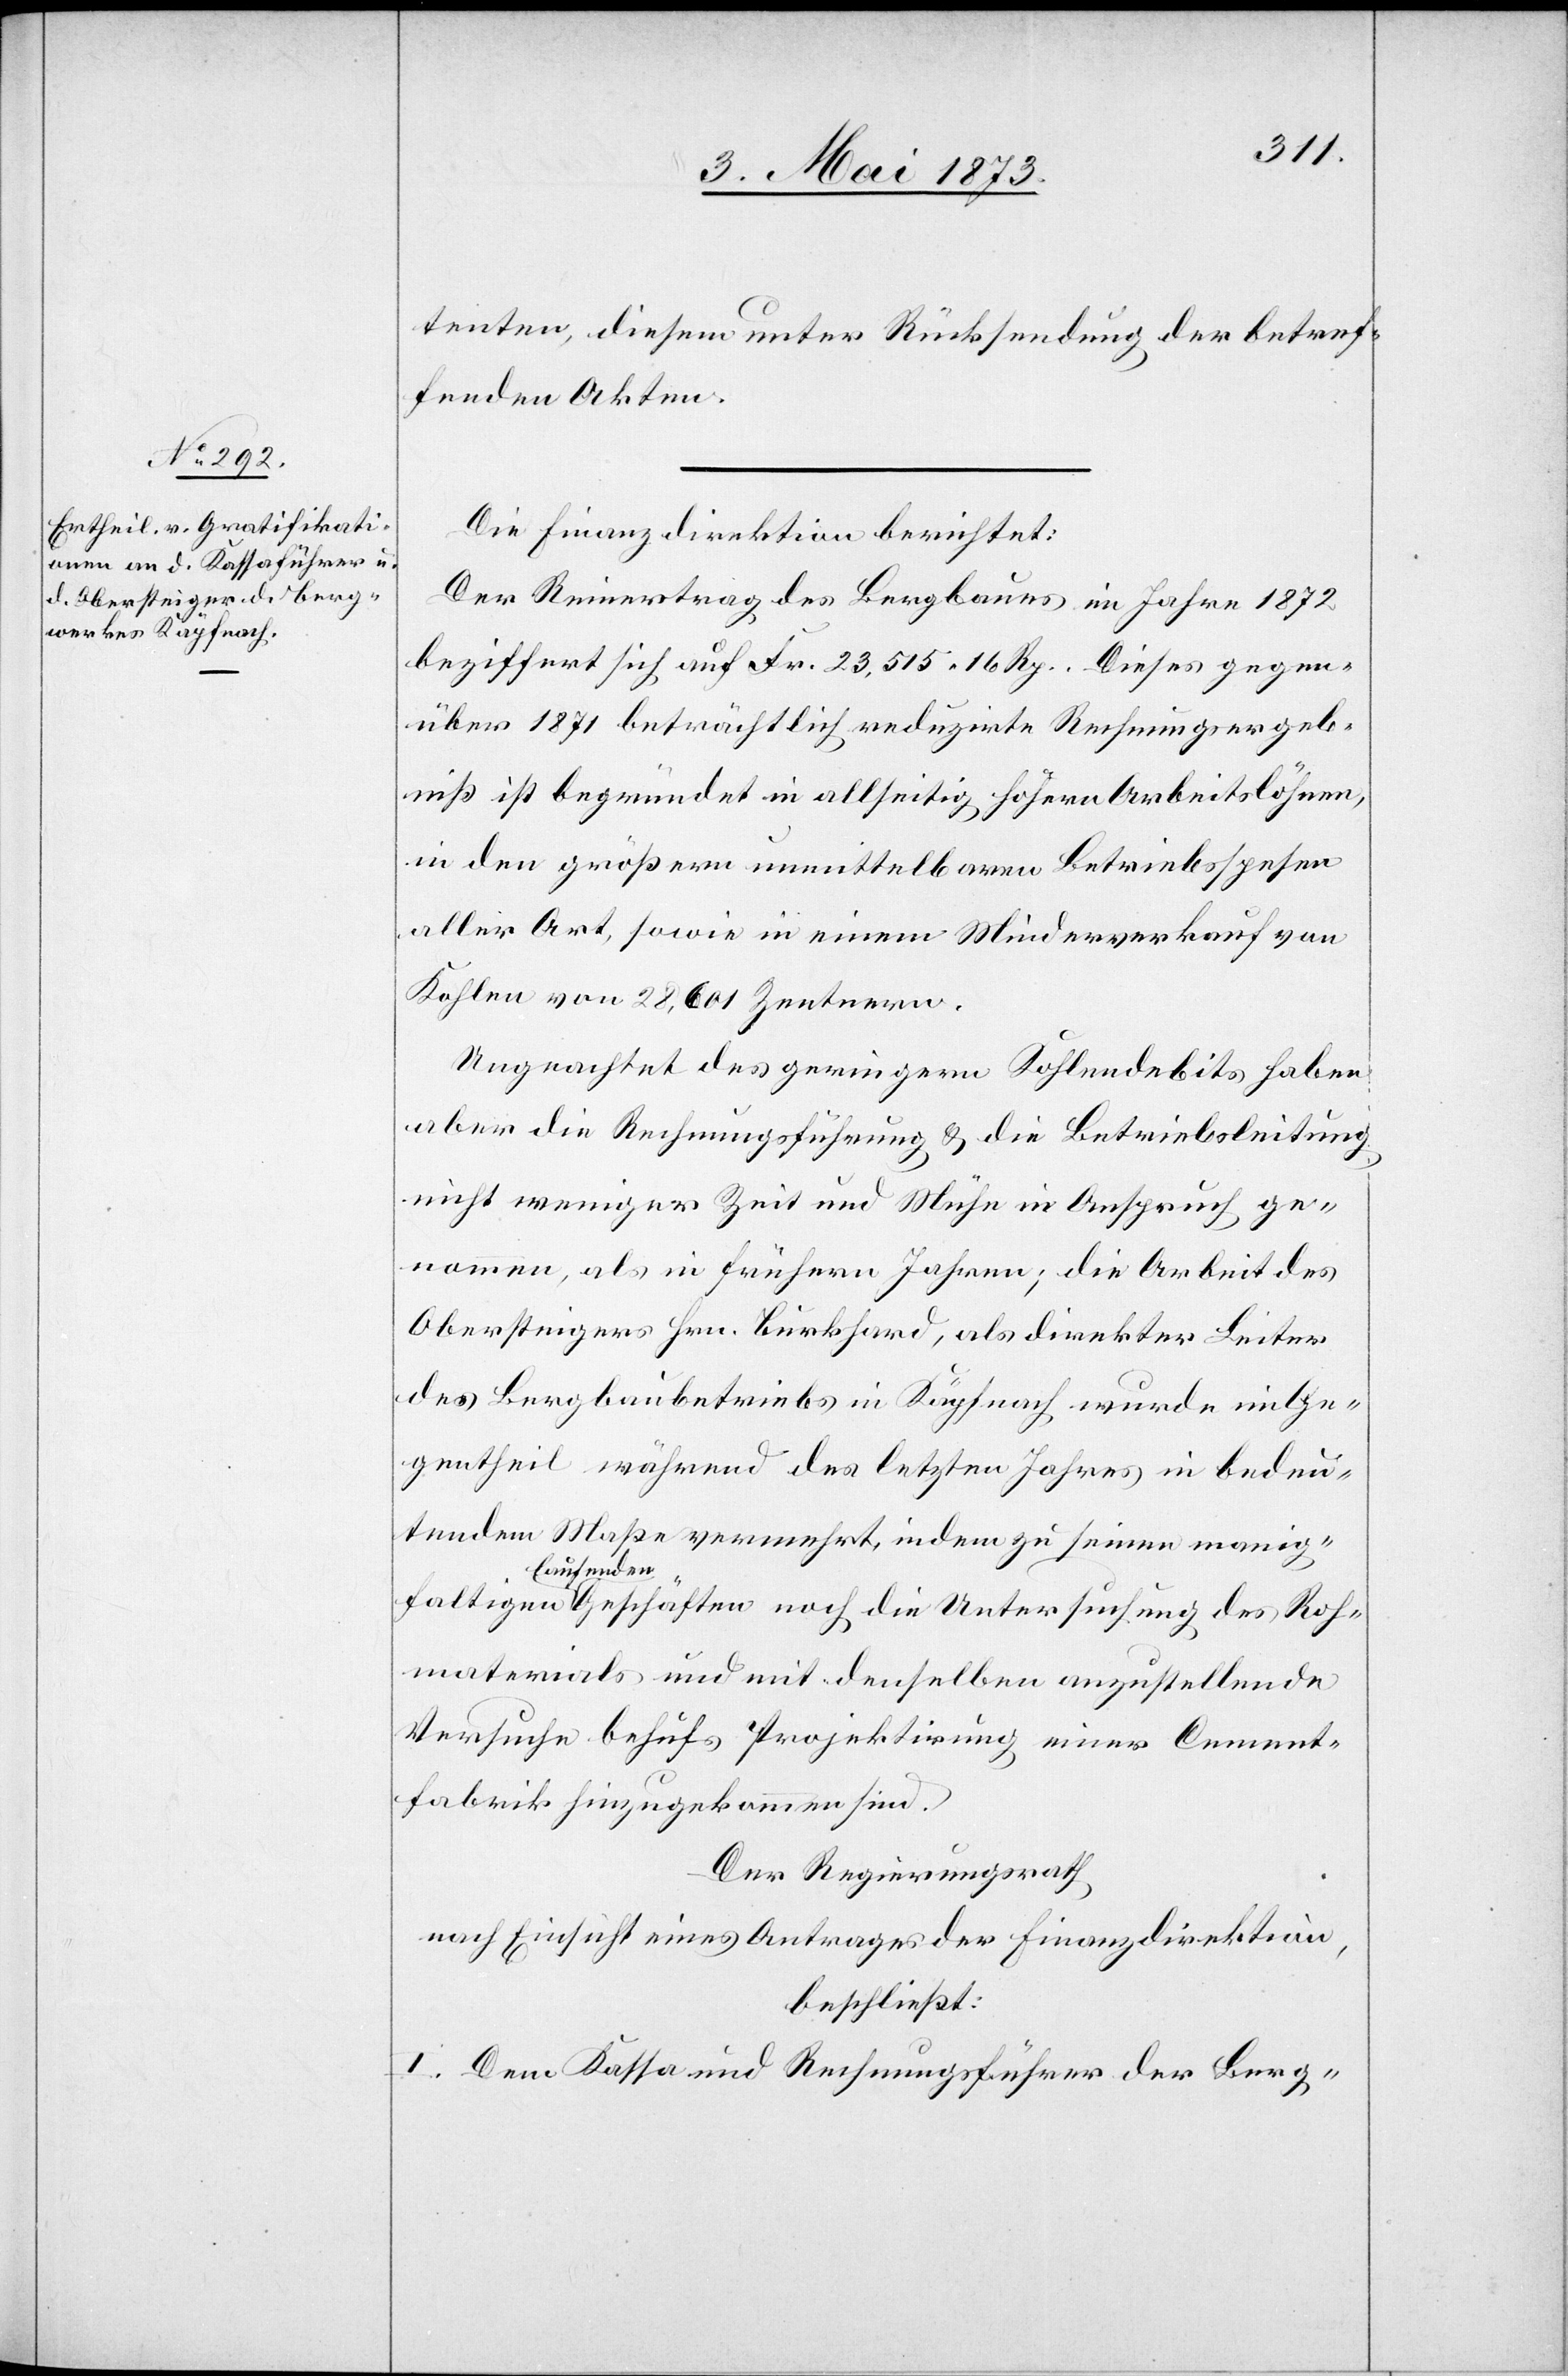
faltigen
tenten, diesem unter Rücksendung der betref¬
fenden Akten.
Die Finanzdirektion berichtet:
Der Reinertrag des Bergbaues im Jahre 1872
beziffert sich auf Fr. 23,515 16 Rp. Dieses gegen¬
über 1871 beträchtlich reduzirte Rechnungsergeb¬
niß ist begründet in allseitig höhern Arbeitslöhnen,
in den größern unmittelbaren Betriebsspesen
aller Art, sowie in einem Minderverkauf von
Kohlen von 28,601 Zentnern.
Ungeachtet des geringern Kohlendebits haben
aber die Rechnungsführung & die Betriebsleitung
nicht weniger Zeit und Mühe in Anspruch ge¬
nommen, als in frühern Jahren; die Arbeit des
Obersteigers Hrn. Burkhard, als direkter Leiter
des Bergbaubetriebs in Käpfnach wurde im Ge¬
gentheil während des letzten Jahres in bedeu¬
tendem Maße vermehrt, indem zu seinen manig¬
laufenden
Rohmaterials und mit denselben anzustellende
Versuche behufs Projektirung einer Cement¬
fabrik hinzugekommen sind.
Der Regierungsrath
nach Einsicht eines Antrages der Finanzdirektion,
beschließt:
I. Dem Kassa und Rechnungsführer der Berg-